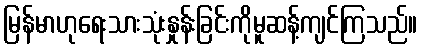
မြန်မာဟုရေးသားသုံးနှုန်းခြင်းကိုမူဆန့်ကျင်ကြသည်။